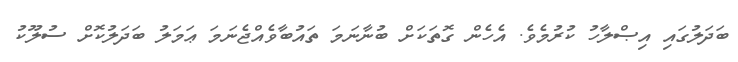
ބަދަލުގައި އިޞްލާހު ކުރުމެވެ. އެހެން ގޮތަކަށް ބުނާނަމަ ތައުބާވެއްޖެނަމަ ޢަމަލު ބަދަލުކޮށް ސުލޫކު